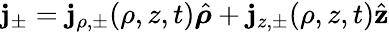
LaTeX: \boldsymbol{\mathbf{j}}_{\pm}=\mathbf{j}_{\rho,\pm}(\rho,z,t)\hat{{\boldsymbol{\rho}}}+\mathbf{j}_{z,\pm}(\rho,z,t)\hat{{\mathbf{{z}}}}